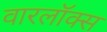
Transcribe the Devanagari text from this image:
वारलॉक्स